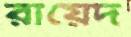
রায়েদ